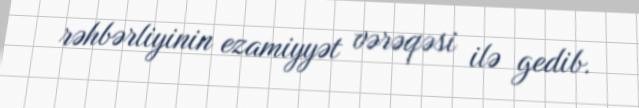
rəhbərliyinin ezamiyyət vərəqəsi ilə gedib.